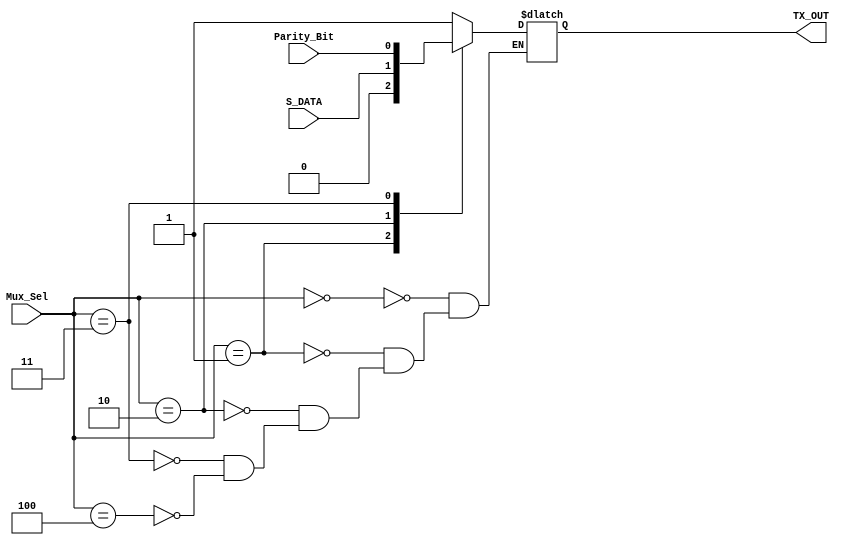
module UART_Tx_MUX (
    input      wire       [2:0]         Mux_Sel,
    input      wire                     S_DATA,
    input      wire                     Parity_Bit,
    output     reg                      TX_OUT
);

parameter IDLE            = 3'b000,
          START           = 3'b001,
          TRANSMIT_DATA   = 3'b010,
          PARITY          = 3'b011,
          STOP            = 3'b100;

always @ (*)
    case (Mux_Sel)
        IDLE:            TX_OUT = 1'b1;

        START:           TX_OUT = 1'b0;

        TRANSMIT_DATA:   TX_OUT = S_DATA;

        PARITY:          TX_OUT = Parity_Bit;

        STOP:            TX_OUT = 1'b1;

    endcase

endmodule